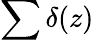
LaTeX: \sum\delta(z)